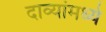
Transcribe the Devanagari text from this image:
दाव्यांमध्ये